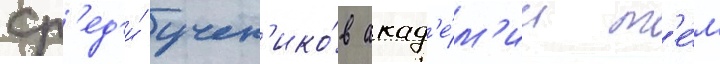
ср'ед'и́ учен'ико́в акад'е́м'ии т'е́м